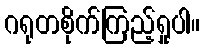
ဂရုတစိုက်ကြည့်ရှုပါ။